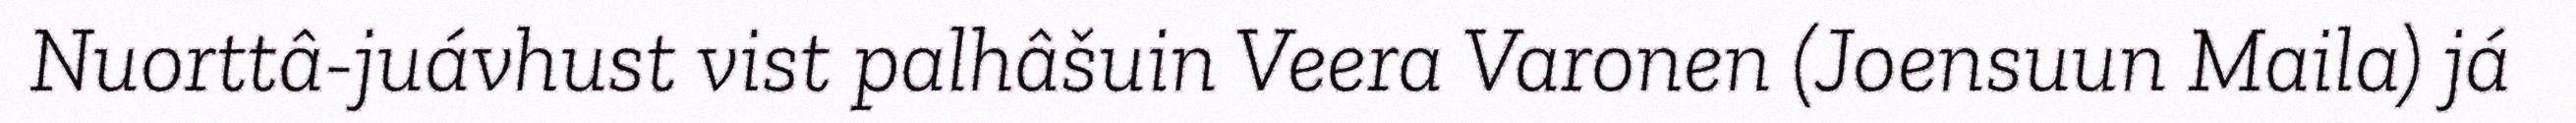
Nuorttâ-juávhust vist palhâšuin Veera Varonen (Joensuun Maila) já